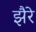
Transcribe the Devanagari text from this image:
झैरे